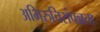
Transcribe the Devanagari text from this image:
अभिरुचिसंपन्नता